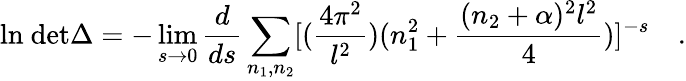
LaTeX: \mathrm{ln~det}\Delta=-\operatorname*{lim}_{s\to 0}{\frac{d}{ds}}\sum_{n_{1},n_{2}}[({\frac{4\pi^{2}}{l^{2}}})(n_{1}^{2}+{\frac{(n_{2}+\alpha)^{2}l^{2}}{4}})]^{-s}\quad.